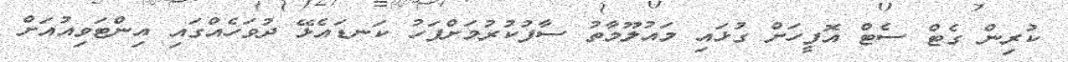
ކުރިން ގެޓް ސެޓް އޮފީހަށް ގުޅައި މައުލޫމާތު ސާފުކުރުމަށްފަހު ކަނޑައެޅޭ ދުވަހެއްގައި އިންޓަވިއުއަށް